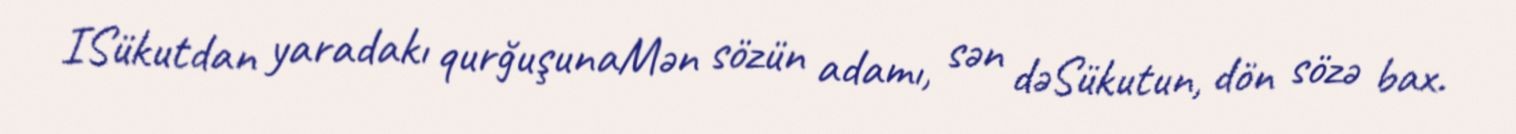
ISükutdan yaradakı qurğuşunaMən sözün adamı, sən dəSükutun, dön sözə bax.